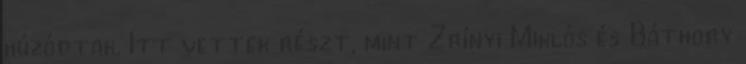
húzódtak. Itt vettek részt, mint Zrínyi Miklós és Báthory